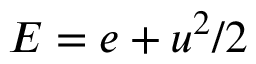
E = e + u ^ { 2 } / 2